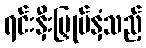
ရင်းနှီးမြှုပ်နှံသည့်